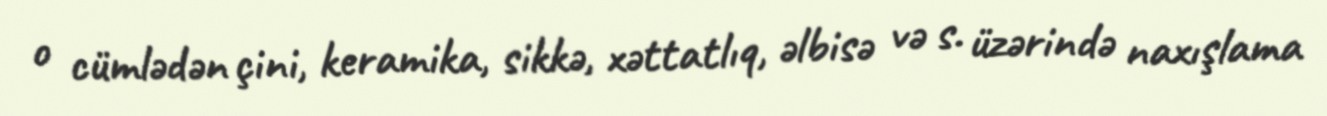
o cümlədən çini, keramika, sikkə, xəttatlıq, əlbisə və s. üzərində naxışlama